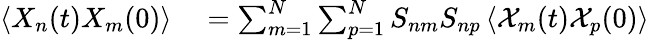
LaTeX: \begin{array}{rl}{\left<X_{n}(t)X_{m}(0)\right>}&{{}=\sum_{m=1}^{N}\sum_{p=1}^{N}S_{nm}S_{np}\left<\mathcal{X}_{m}(t)\mathcal{X}_{p}(0)\right>}\end{array}